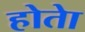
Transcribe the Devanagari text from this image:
होताे